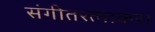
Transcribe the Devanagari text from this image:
संगीतरत्नाकर।